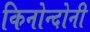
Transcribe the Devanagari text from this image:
किनोन्दोनी